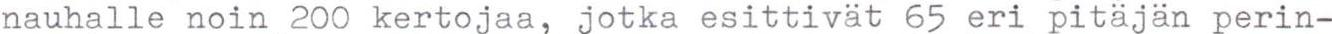
nauhalle noin 200 kertojaa, jotka esittivät 65 eri pitäjän perin-